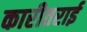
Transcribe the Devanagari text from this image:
कारीतराई